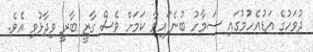
ދުވަހުގެ އަޑުއެހުމުގައި ސަމާހު ބުނެފައިވާ ކަމަށް ވެސް ގާޒީ ބާރީ ވިދާޅުވި އެވެ.